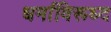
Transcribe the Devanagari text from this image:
धर्माविरूध्द